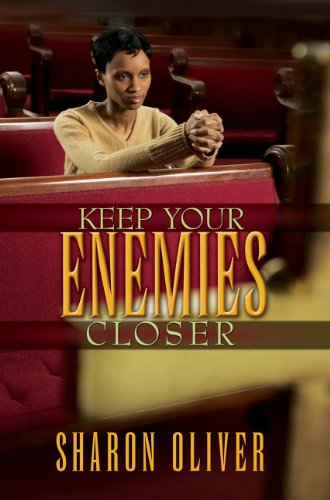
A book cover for Keep Your Enemies Closer; Sharon Oliver; Literature & Fiction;